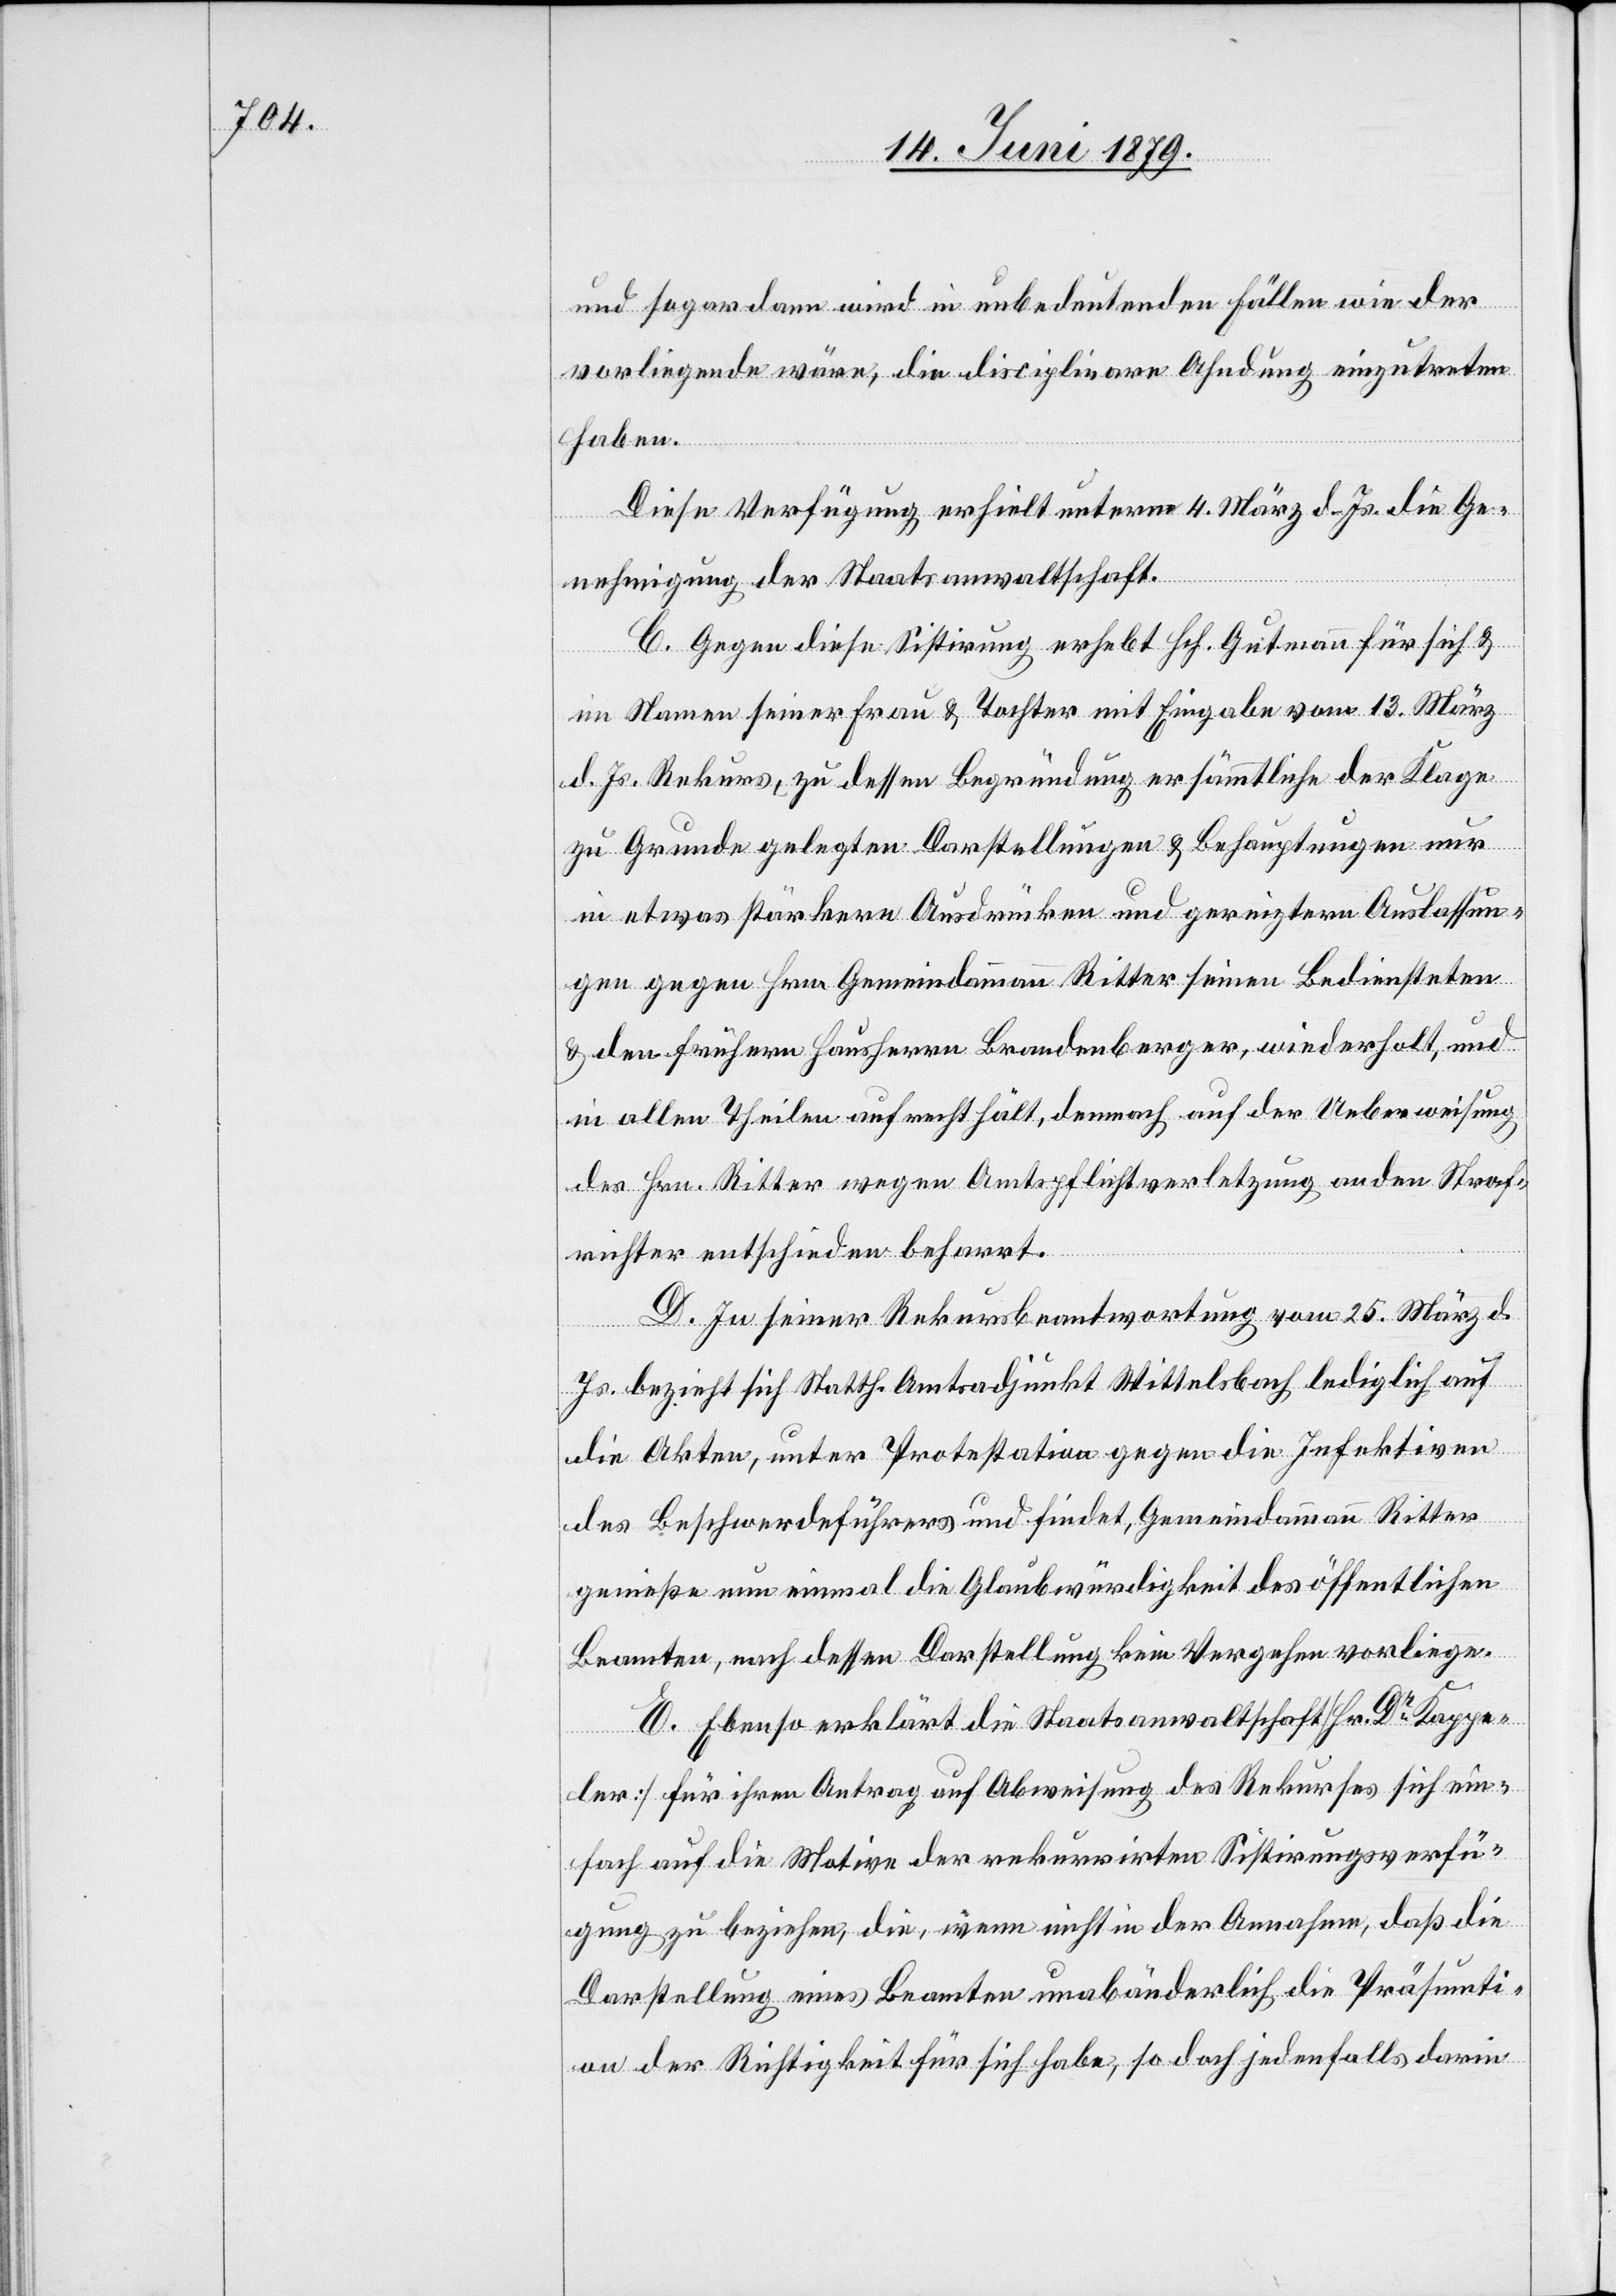
und sogar dann wird in unbedeutenden Fällen wie der
vorliegende wäre, die disciplinare Ahndung einzutreten
haben.
Diese Verfügung erhielt unterm 4. März d. Js. die Ge¬
nehmigung der Staatsanwaltschaft.
C. Gegen diese Sistirung erhebt Hch. Gutmann für sich &
im Namen seiner Frau & Tochter mit Eingabe vom 13. März
d. Js. Rekurs, zu dessen Begründung er sämmtliche der Klage
zu Grunde gelegten Darstellungen & Behauptungen nur
in etwas stärkern Ausdrücken und gereiztern Auslassun¬
gen gegen Hrn. Gemeindammann Ritter[,] seinen Bediensteten
& den frühern Hausherrn Brandenberger, wiederholt, und
in allen Theilen aufrecht hält, demnach auf der Ueberweisung
des Hrn. Ritter wegen Amtspflichtverletzung an den Straf¬
richter entschieden beharrt.
D. In seiner Rekursbeantwortung vom 25. März d.
Js. bezieht sich Statth. Amtsadjunkt Wittelsbach lediglich auf
die Akten, unter Protestation gegen die Infektiven
des Beschwerdeführers und findet, Gemeindammann Ritter
genieße nun einmal die Glaubwürdigkeit des öffentlichen
Beamten, nach dessen Darstellung kein Vergehen vorliege.
E. Ebenso erklärt die Staatsanwaltschaft [Hr. Dr Kappe¬
ler] für ihren Antrag auf Abweisung des Rekurses sich ein¬
fach auf die Motive der rekurrirten Sistirungsverfü¬
gung zu beziehen, die, wenn nicht in der Annahme, daß die
Darstellung eines Beamten unabänderlich die Präsumti¬
on der Richtigkeit für sich habe, so doch jedenfalls darin